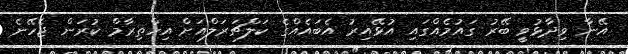
އޭނާ ވިދާޅުވީ ބޭރު ގައުމެއްގައި އުޅޭއިރު އެބައެއްގެ ކަލްޗަރަލްއަށް އިހްތިރާމް ކުރަން ޖެހޭނެ